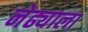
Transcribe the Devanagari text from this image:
नेढ्याला